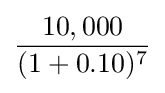
{\frac {10,000}{(1+0.10)^{7}}}